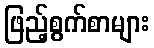
ဖြည့်စွက်စာများ